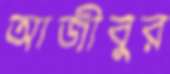
আজীবুর